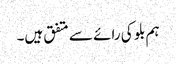
ہم بلو کی رائے سے متفق ہیں۔